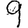
Digit: 9